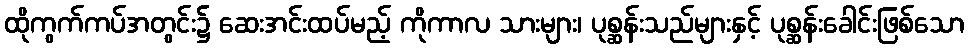
ထိုကွက်ကပ်အတွင်း၌ ဆေးအင်းထပ်မည့် ကိုကာလ သားများ၊ ပုစ္ဆန်းသည်များနှင့် ပုစ္ဆန်းခေါင်းဖြစ်သော